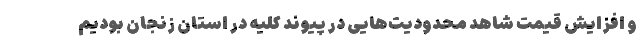
و افزایش قیمت شاهد محدودیت‌هایی در پیوند کلیه در استان زنجان بودیم